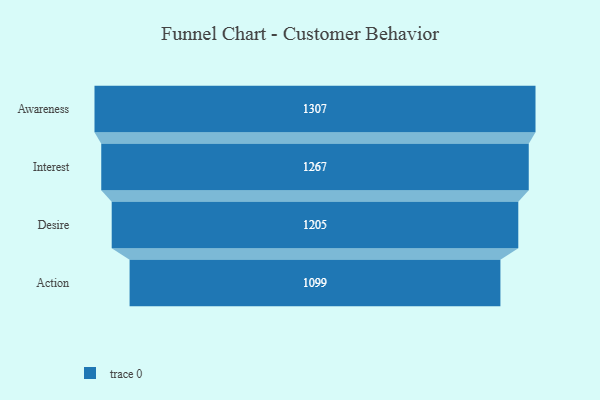
{"axis": {"x": "Stage", "y": "Value"}, "legend": [""], "data": [{"x": "Awareness", "y": 1307.0, "type": ""}, {"x": "Interest", "y": 1267.0, "type": ""}, {"x": "Desire", "y": 1205.0, "type": ""}, {"x": "Action", "y": 1099.0, "type": ""}]}